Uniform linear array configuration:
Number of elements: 12
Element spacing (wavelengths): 0.25
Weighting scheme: blackman
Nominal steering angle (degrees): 45
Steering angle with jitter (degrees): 45.104
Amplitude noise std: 0.05
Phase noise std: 0.05

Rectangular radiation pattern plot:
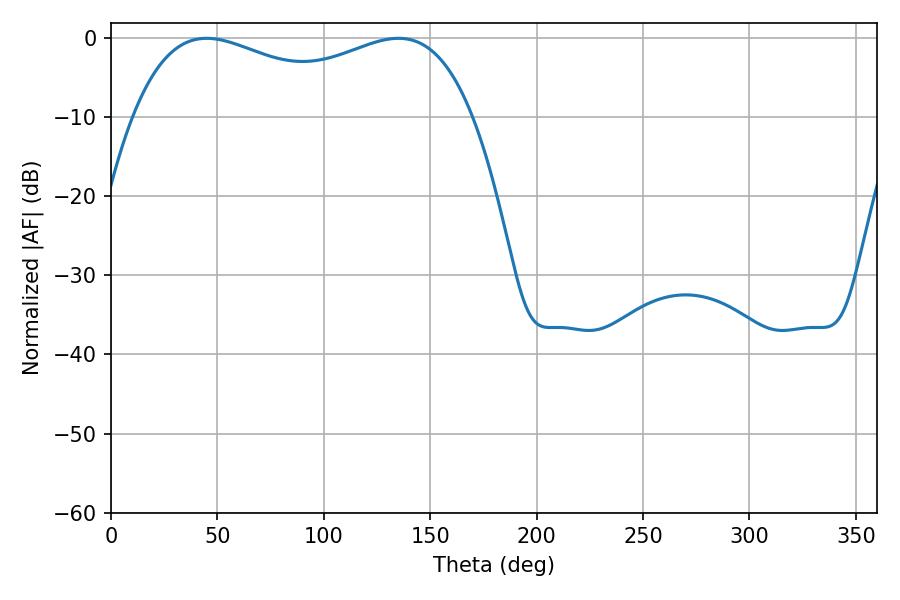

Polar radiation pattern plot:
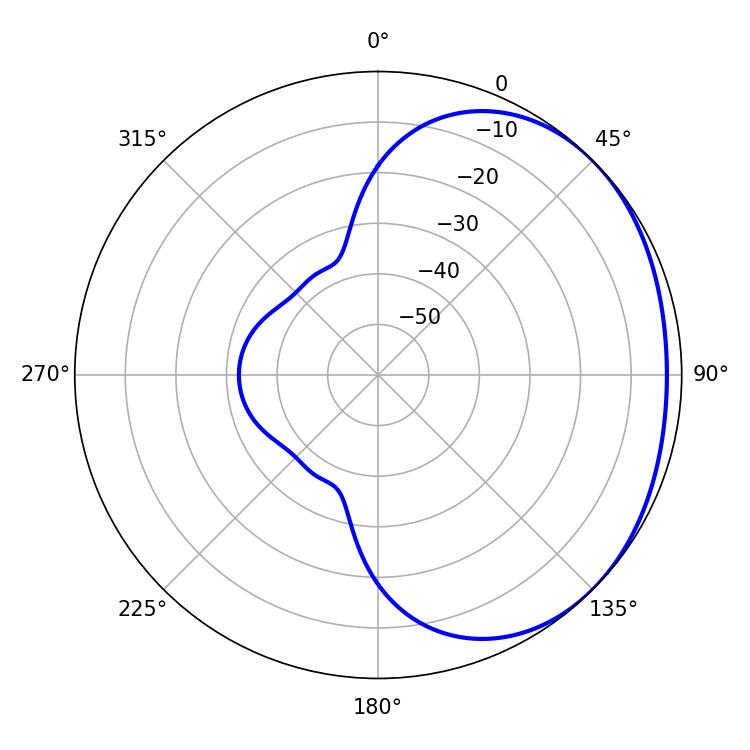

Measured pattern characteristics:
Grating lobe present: FALSE
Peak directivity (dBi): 1.577
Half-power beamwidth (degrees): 131.76
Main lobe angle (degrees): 44.82